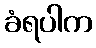
ခံရပါက